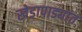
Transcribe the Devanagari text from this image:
खेडापाड्यांत